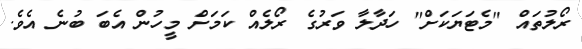
ރޯލުތައް "މެޓަޔަކަށް" ހަދާލާ ވަރުގެ ރޯލެއް ކަމަށް މީހުން އެބަ ބުނެ އެވެ.